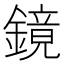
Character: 鏡